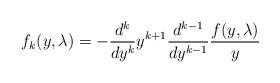
LaTeX: \begin{align*}f_k(y, \lambda) = - \frac{d^k}{dy^k} y^{k+1}\frac{d^{k-1}}{dy^{k-1}} \frac{f(y, \lambda )}{y} \end{align*}